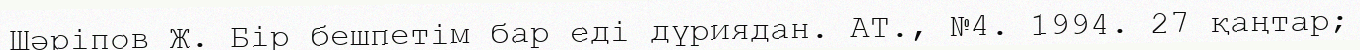
Шәріпов Ж. Бір бешпетім бар еді дүриядан. АТ., №4. 1994. 27 қаңтар;